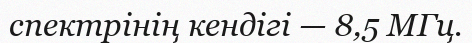
спектрінің кендігі — 8,5 МГц.